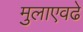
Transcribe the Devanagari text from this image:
मुलाएवढे